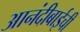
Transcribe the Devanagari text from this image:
आनंदीबाईची